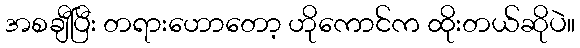
အစချီပြီး တရားဟောတော့ ဟိုကောင်က ထိုးတယ်ဆိုပဲ။